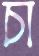
চা